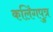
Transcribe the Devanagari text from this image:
कलिंगपुत्र